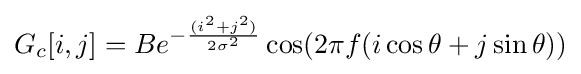
G_{c}[i,j]=Be^{-{\frac {(i^{2}+j^{2})}{2\sigma ^{2}}}}\cos(2\pi f(i\cos \theta +j\sin \theta ))